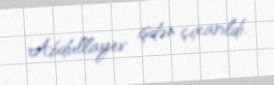
Abdullayev işdən çıxarıldı.